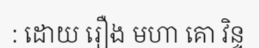
: ដោយ រឿង មហា គោ វិន្ទ